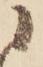
に